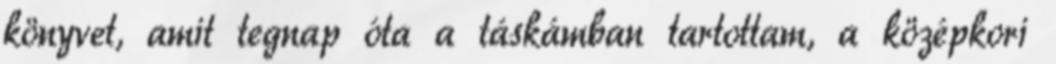
könyvet, amit tegnap óta a táskámban tartottam, a középkori